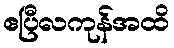
ဧပြီလကုန်အထိ